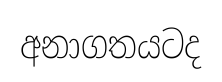
අනාගතයටද